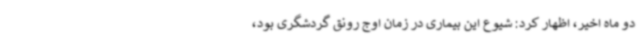
دو ماه اخیر، اظهار کرد: شیوع این بیماری در زمان اوج رونق گردشگری بود،